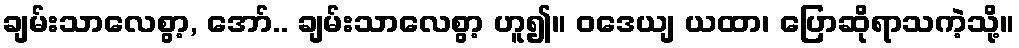
ချမ်းသာလေစွာ့, အော်.. ချမ်းသာလေစွာ့ ဟူ၍။ ဝဒေယျ ယထာ၊ ပြောဆိုရာသကဲ့သို့။